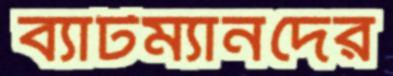
ব্যাটম্যানদের